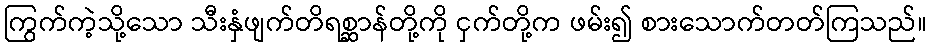
ကြွက်ကဲ့သို့သော သီးနှံဖျက်တိရစ္ဆာန်တို့ကို ငှက်တို့က ဖမ်း၍ စားသောက်တတ်ကြသည်။